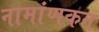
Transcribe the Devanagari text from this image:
नामांणकन